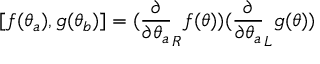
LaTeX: [ f ( \theta _ { a } ) , g ( \theta _ { b } ) ] = ( \frac { \partial } { \partial \theta _ { a } } _ { R } f ( \theta ) ) ( \frac { \partial } { \partial \theta _ { a } } _ { L } g ( \theta ) ) \,